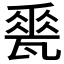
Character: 𪼽